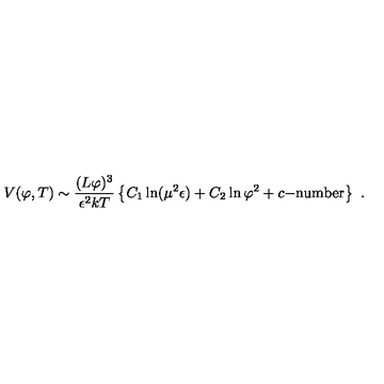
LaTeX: V ( \varphi , T ) \sim \frac { ( L \varphi ) ^ { 3 } } { \epsilon ^ { 2 } k T } \left\{ C _ { 1 } \ln ( \mu ^ { 2 } \epsilon ) + C _ { 2 } \ln \varphi ^ { 2 } + c \mathrm { - n u m b e r } \right\} \ .